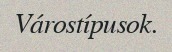
Várostípusok.